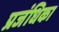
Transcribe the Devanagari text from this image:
प्रजंधिका